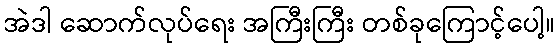
အဲဒါ ဆောက်လုပ်ရေး အကြီးကြီး တစ်ခုကြောင့်ပေါ့။